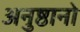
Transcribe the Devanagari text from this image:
अनुष्ठानो